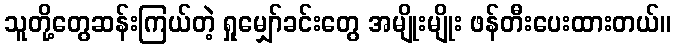
သူတို့တွေဆန်းကြယ်တဲ့ ရှုမျှော်ခင်းတွေ အမျိုးမျိုး ဖန်တီးပေးထားတယ်။